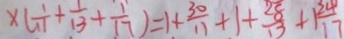
\times ( \frac { 1 } { 1 1 } + \frac { 1 } { 1 3 } + \frac { 1 } { 1 7 } ) = 1 + \frac { 3 0 } { 1 1 } + 1 + \frac { 2 8 } { 1 3 } + 1 \frac { 2 4 } { 1 7 }